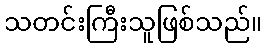
သတင်းကြီးသူဖြစ်သည်။